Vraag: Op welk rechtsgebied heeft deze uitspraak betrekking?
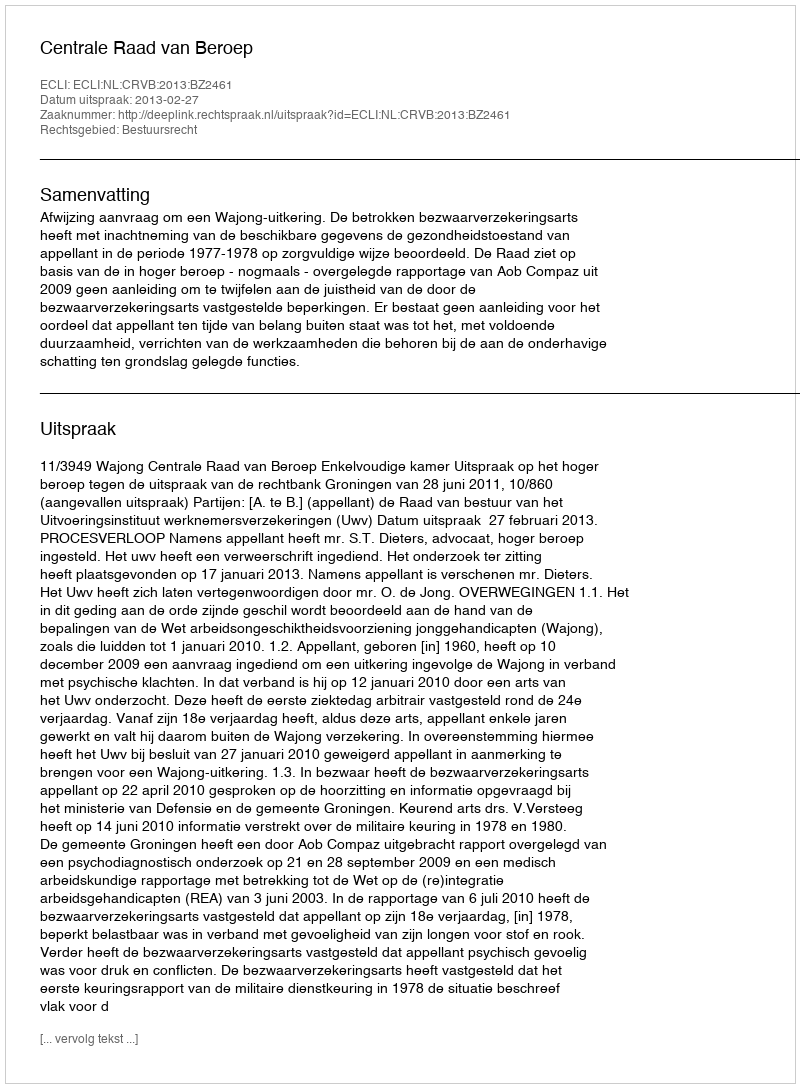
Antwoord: Bestuursrecht